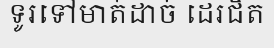
ទូរទៅមាត់ដាច់ ដេរជិត